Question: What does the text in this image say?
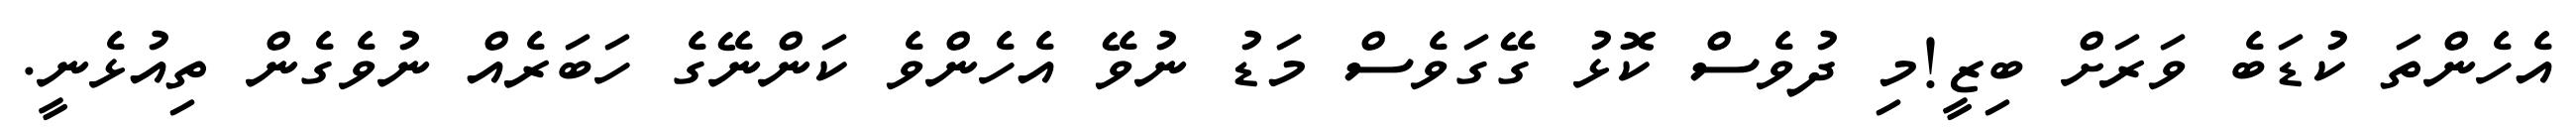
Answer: އެހެންތަ ކުޑަބެ ވަރަށް ބިޒީ!މި ދުވެސް ކޮޅު ގޭގަވެސް މަޑު ނުވޭ އެހެންވެ ކަންނޭގެ ހަބަރެއް ނުވެގެން ތިއުޅެނީ.